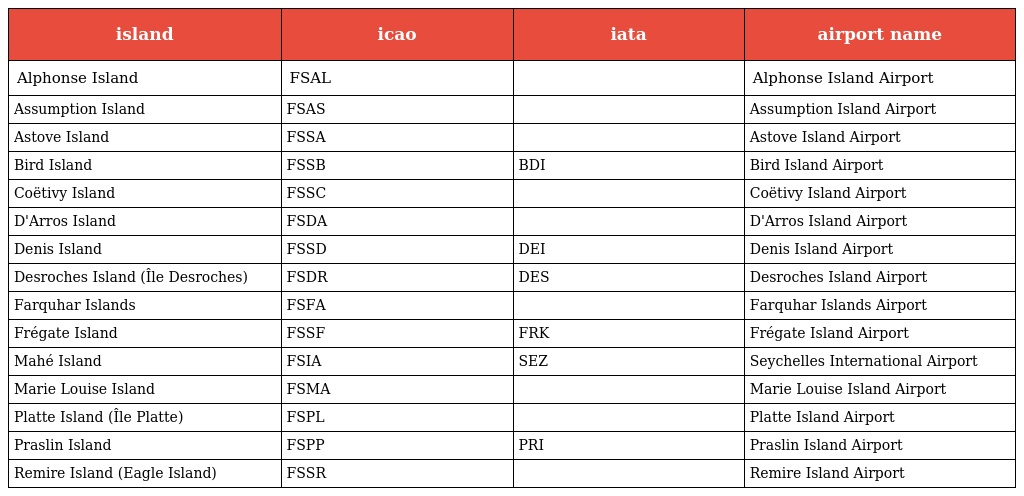
| island | icao | iata | airport name |
 | --- | --- | --- | --- |
 | Alphonse Island | FSAL |  | Alphonse Island Airport |
 | Assumption Island | FSAS |  | Assumption Island Airport |
 | Astove Island | FSSA |  | Astove Island Airport |
 | Bird Island | FSSB | BDI | Bird Island Airport |
 | Coëtivy Island | FSSC |  | Coëtivy Island Airport |
 | D'Arros Island | FSDA |  | D'Arros Island Airport |
 | Denis Island | FSSD | DEI | Denis Island Airport |
 | Desroches Island (Île Desroches) | FSDR | DES | Desroches Island Airport |
 | Farquhar Islands | FSFA |  | Farquhar Islands Airport |
 | Frégate Island | FSSF | FRK | Frégate Island Airport |
 | Mahé Island | FSIA | SEZ | Seychelles International Airport |
 | Marie Louise Island | FSMA |  | Marie Louise Island Airport |
 | Platte Island (Île Platte) | FSPL |  | Platte Island Airport |
 | Praslin Island | FSPP | PRI | Praslin Island Airport |
 | Remire Island (Eagle Island) | FSSR |  | Remire Island Airport |